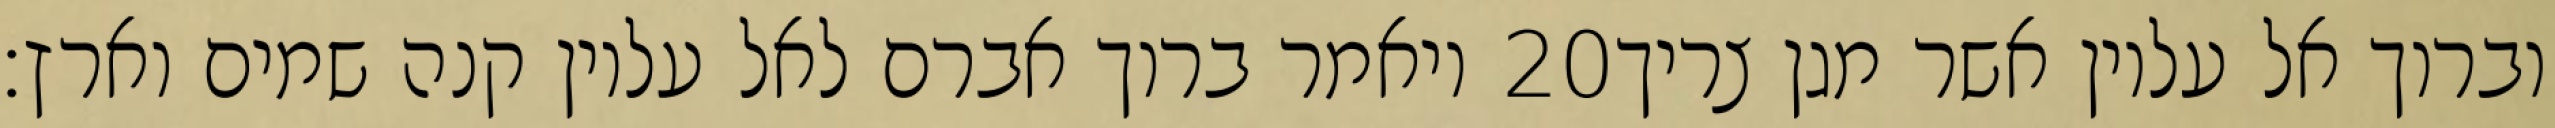
ויאמר ברוך אברם לאל עליון קנה שמים וארץ׃ ‎20‏ וברוך אל עליון אשר מגן צריך